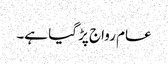
عام رواج پڑ گیا ہے۔